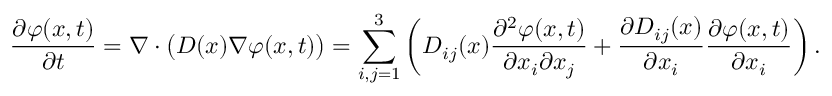
{ \frac { \partial \varphi ( x , t ) } { \partial t } } = \nabla \cdot { \bigl ( } D ( x ) \nabla \varphi ( x , t ) { \bigr ) } = \sum _ { i , j = 1 } ^ { 3 } \left( D _ { i j } ( x ) { \frac { \partial ^ { 2 } \varphi ( x , t ) } { \partial x _ { i } \partial x _ { j } } } + { \frac { \partial D _ { i j } ( x ) } { \partial x _ { i } } } { \frac { \partial \varphi ( x , t ) } { \partial x _ { i } } } \right) .